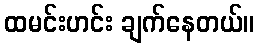
ထမင်းဟင်း ချက်နေတယ်။